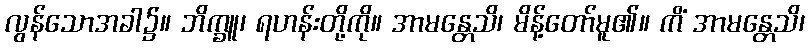
လွန်သောအခါ၌။ ဘိက္ခူ၊ ရဟန်းတို့ကို။ အာမန္တေသိ၊ မိန့်တော်မူ၏။ ကိံ အာမန္တေသိ၊